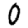
Digit: 0